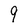
Character: 9